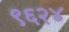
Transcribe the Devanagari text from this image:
९६२४